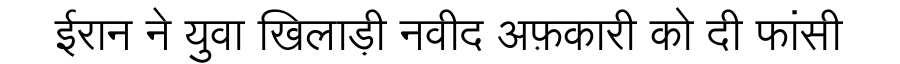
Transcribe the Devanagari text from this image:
ईरान ने युवा खिलाड़ी नवीद अफ़कारी को दी फांसी